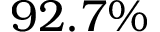
9 2 . 7 \%